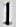
1